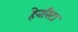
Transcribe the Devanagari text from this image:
हेनरिटा